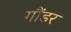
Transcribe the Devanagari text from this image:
गौंडर